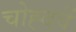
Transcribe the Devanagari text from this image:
चोह्दवें